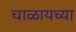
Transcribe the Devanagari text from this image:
चाळायच्या